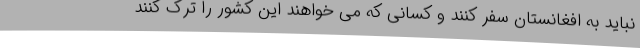
نباید به افغانستان سفر کنند و کسانی که می خواهند این کشور را ترک کنند